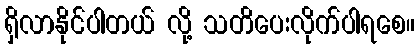
ရှိလာနိုင်ပါတယ် လို့ သတိပေးလိုက်ပါရစေ။